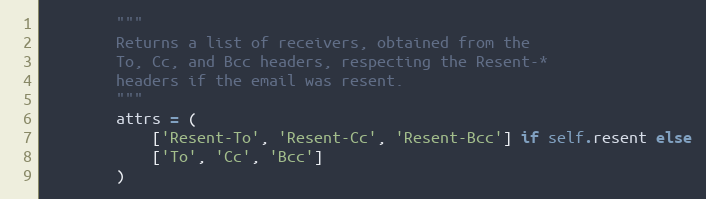
Language: Python
        """
        Returns a list of receivers, obtained from the
        To, Cc, and Bcc headers, respecting the Resent-*
        headers if the email was resent.
        """
        attrs = (
            ['Resent-To', 'Resent-Cc', 'Resent-Bcc'] if self.resent else
            ['To', 'Cc', 'Bcc']
        )